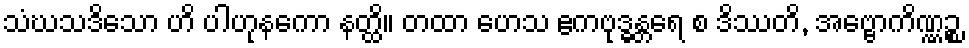
သံဃသဒိသော ဟိ ပါဟုနကော နတ္ထိ။ တထာ ဟေသ ဧကဗုဒ္ဓန္တရေ စ ဒိဿတိ, အဗ္ဗောကိဏ္ဏဉ္စ